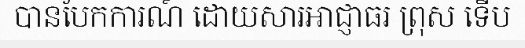
បានបែកការណ៍ ដោយសារអាជ្ញាធរ ព្រុស ទើប